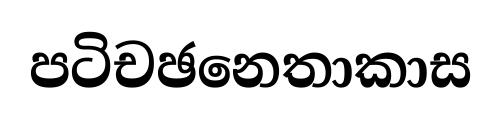
පටිචඡනෙතාකාස